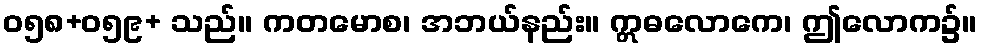
ဝ၅၈+၀၅၉+ သည်။ ကတမောစ၊ အဘယ်နည်း။ ဣဓလောကေ၊ ဤလောက၌။